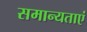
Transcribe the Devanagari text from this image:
समान्यताएं